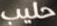
حليب